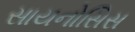
સાયનોસિસ